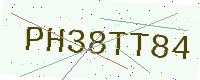
Text: PH38TT84